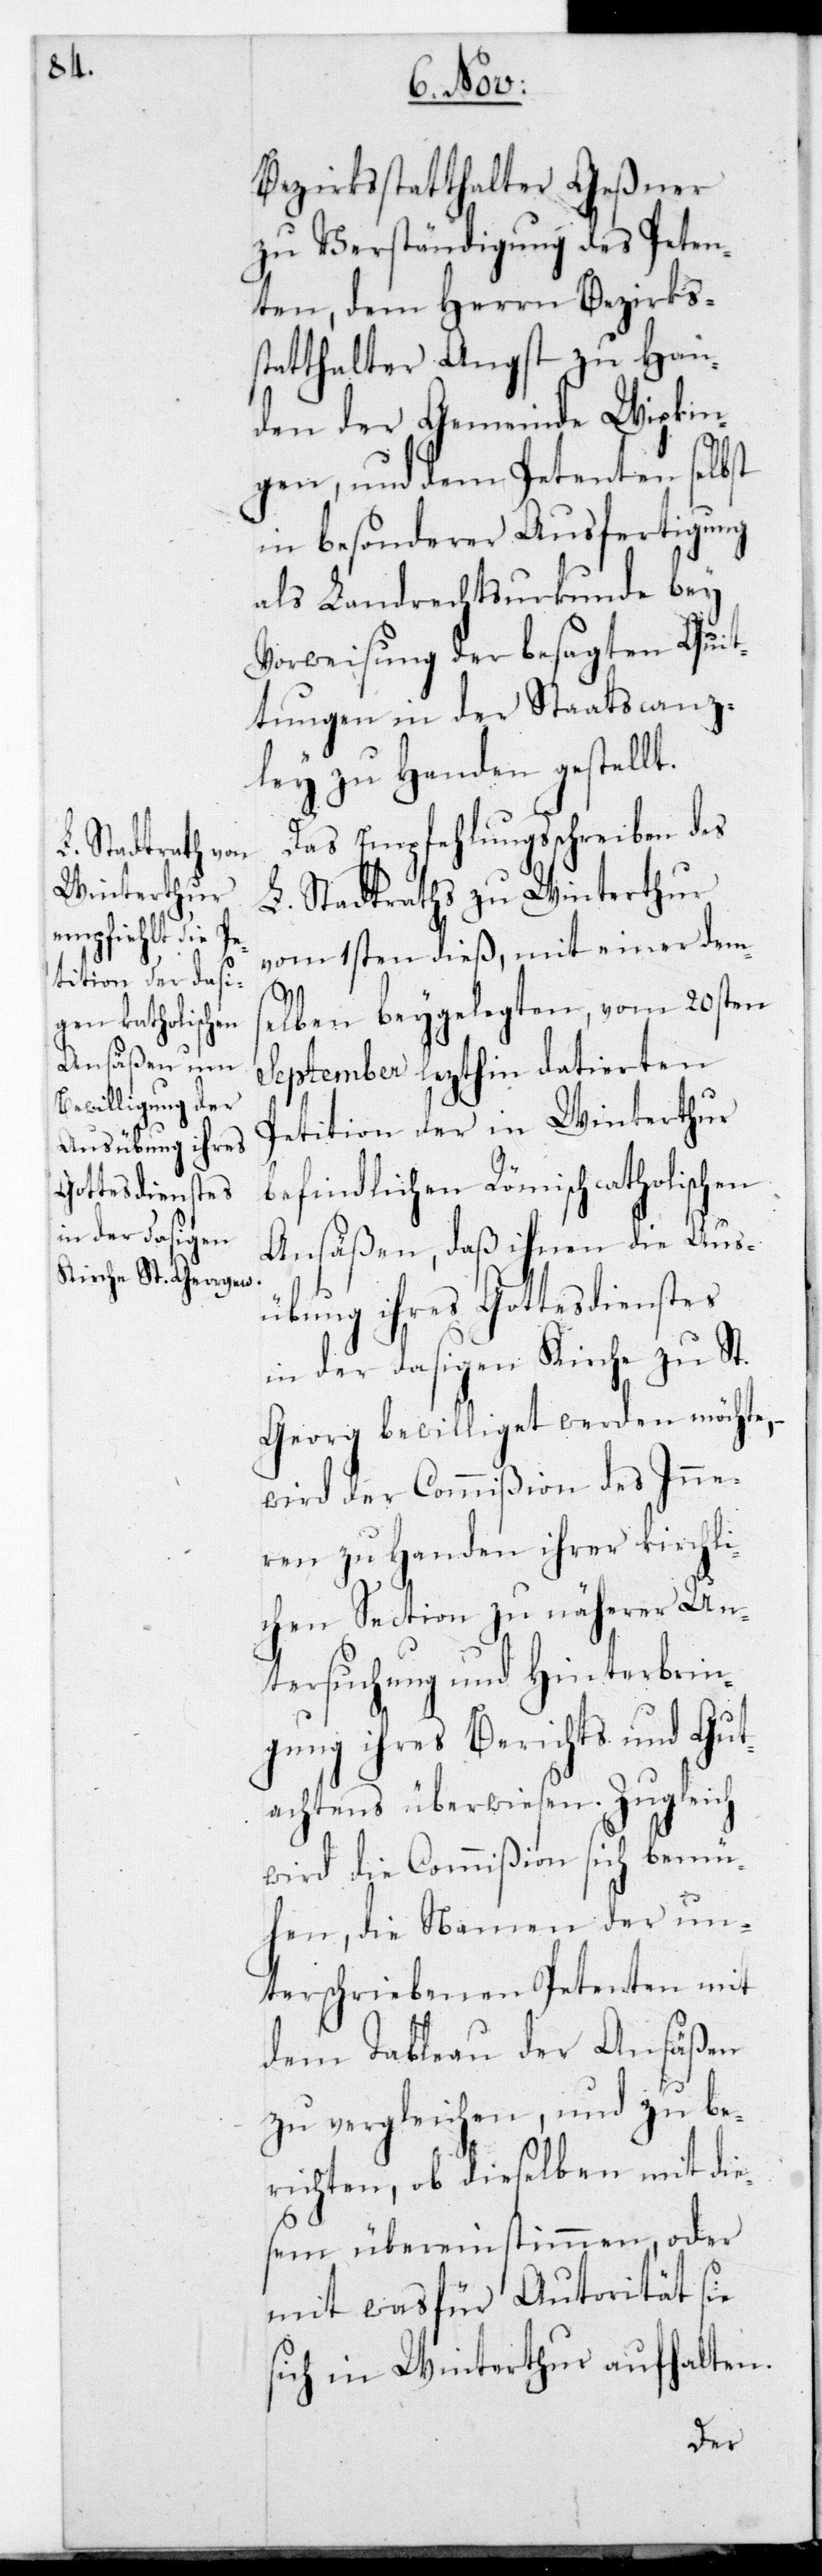
Bezirksstatthalter Geßner
zu Verständigung des Peten¬
ten, dem Herrn Bezirks¬
statthalter Angst zu Han¬
den der Gemeinde Wipkin¬
gen und dem Petenten selbst
in besonderer Ausfertigung
als Landrechtsurkunde bey
Vorweisung der besagten Quit¬
tungen in der Staatscanz¬
ley zu Handen gestellt.
Das Empfehlungsschreiben des
L. Stadtraths zu Winterthur
vom 1sten dieß, mit einer dems¬
elben beygelegten, vom 20sten
September letzthin datierten
Petition der in Winterthur
befindlichen Römischcatholischen
Ansäßen, daß ihnen die Aus¬
übung ihres Gottesdienstes
in der dasigen Kirche zu St.
Georg bewilliget werden möchte,
wird der Commißion des Inner¬
en zu Handen ihrer kirchli¬
chen Section zu näherer Un¬
tersuchung und Hinterbrin¬
gung ihres Berichts und Gut¬
achtens überwiesen. Zugleich
wird die Commißion sich bemü¬
hen, die Namen der un¬
terschriebenen Petenten mit
dem Tableau der Ansäßen
zu vergleichen, und zu be¬
richten, ob dieselben mit die¬
sem übereinstimmen, oder
mit was für Autorität sie
sich in Winterthur aufhalten.